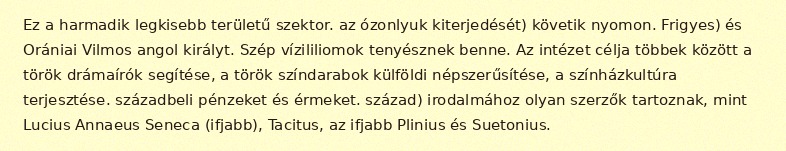
Ez a harmadik legkisebb területű szektor. az ózonlyuk kiterjedését) követik nyomon. Frigyes) és Orániai Vilmos angol királyt. Szép vízililiomok tenyésznek benne. Az intézet célja többek között a török drámaírók segítése, a török színdarabok külföldi népszerűsítése, a színházkultúra terjesztése. századbeli pénzeket és érmeket. század) irodalmához olyan szerzők tartoznak, mint Lucius Annaeus Seneca (ifjabb), Tacitus, az ifjabb Plinius és Suetonius.